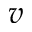
v